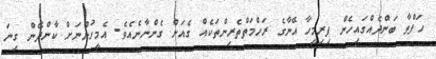
ހަފްތާ ބަންދެއްގައިހެން ފިރިމީހާ އޭނާގެ ރަހްމަތްތެރިންތަކެއް ގެއަށް ގެންނާނެއެވެ. އެމީހުންނަށް ކާންދޭން ގިނަ